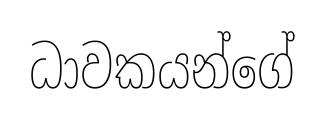
ධාවකයන්ගේ